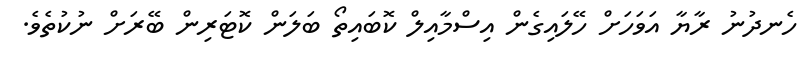
ހެނދުނު ރާޔާ އަވަހަށް ހޭލައިގެން އިސްމާއިލް ކޮބައިތޯ ބަލަން ކޮޓަރިން ބޭރަށް ނުކުތެވެ.